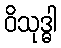
ဝိသုဒ္ဓါ